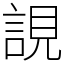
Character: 誢